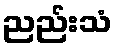
ညည်းသံ